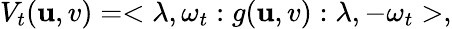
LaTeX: V_{t}(\mathbf{u},v)=<\lambda,\omega_{t}:g(\mathbf{u},v):\lambda,-\omega_{t}>,